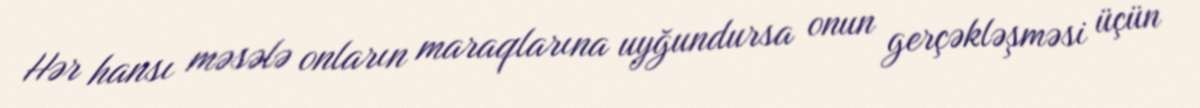
Hər hansı məsələ onların maraqlarına uyğundursa onun gerçəkləşməsi üçün